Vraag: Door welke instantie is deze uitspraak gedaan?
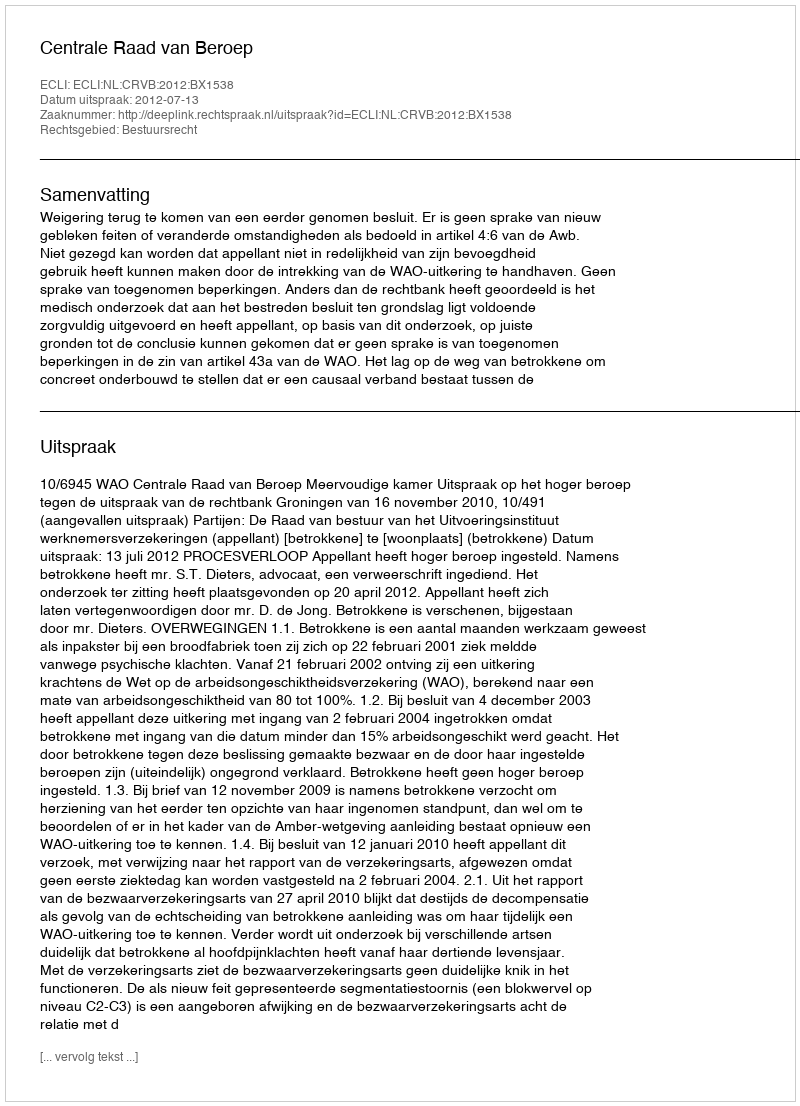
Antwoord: Centrale Raad van Beroep